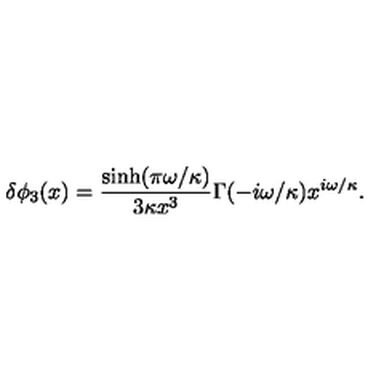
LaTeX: \delta \phi _ { 3 } ( x ) = \frac { \sinh ( \pi \omega / \kappa ) } { 3 \kappa x ^ { 3 } } \Gamma ( - i \omega / \kappa ) x ^ { i \omega / \kappa } .